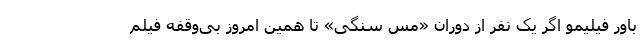
باور فیلیمو اگر یک نفر از دوران «مس سنگی» تا همین امروز بی‌وقفه فیلم